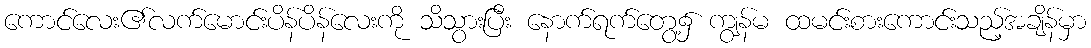
ကောင်လေး၏လက်မောင်းပိန်ပိန်လေးကို သိသွားပြီး နောက်ရက်တွေ့၌ ကျွန်မ ထမင်းစားကောင်းသည့်အချိန်မှာ